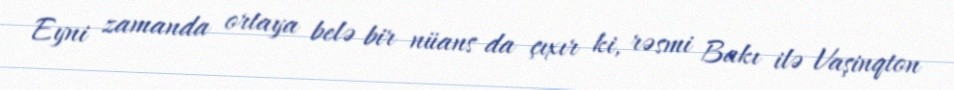
Eyni zamanda ortaya belə bir nüans da çıxır ki, rəsmi Bakı ilə Vaşinqton